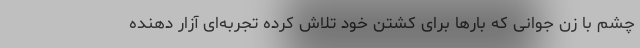
چشم با زن جوانی که بارها برای کشتن خود تلاش کرده تجربه‌ای آزار دهنده